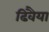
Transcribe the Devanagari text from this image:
ढिवैया